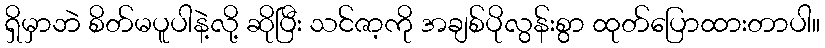
ရှိမှာဘဲ စိတ်မပူပါနဲ့လို့ ဆိုပြီး သင်ဇာ့ကို အချစ်ပိုလွန်းစွာ ထုတ်ပြောထားတာပါ။